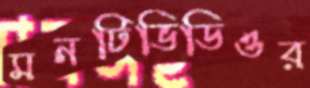
মনটিভিডিওর